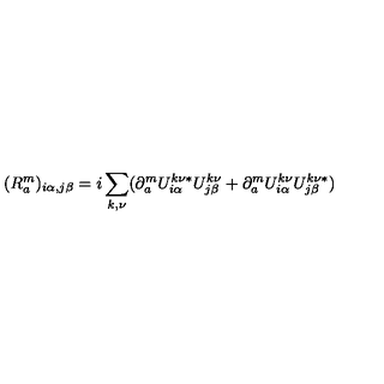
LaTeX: ( R _ { a } ^ { m } ) _ { i \alpha , j \beta } = i \sum _ { k , \nu } ( \partial _ { a } ^ { m } U _ { i \alpha } ^ { k \nu \ast } U _ { j \beta } ^ { k \nu } + \partial _ { a } ^ { m } U _ { i \alpha } ^ { k \nu } U _ { j \beta } ^ { k \nu \ast } )